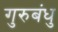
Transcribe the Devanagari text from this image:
गुरुबंधु